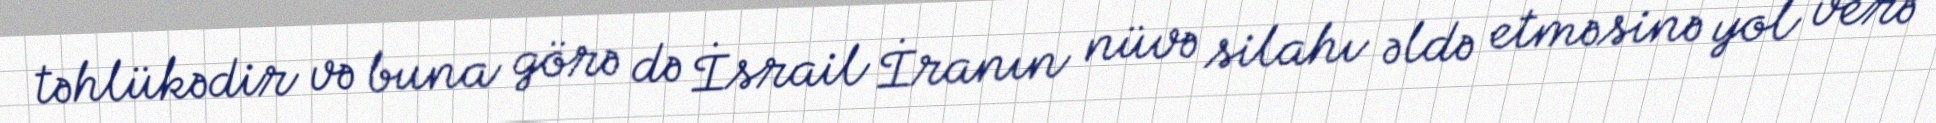
təhlükədir və buna görə də İsrail İranın nüvə silahı əldə etməsinə yol verə